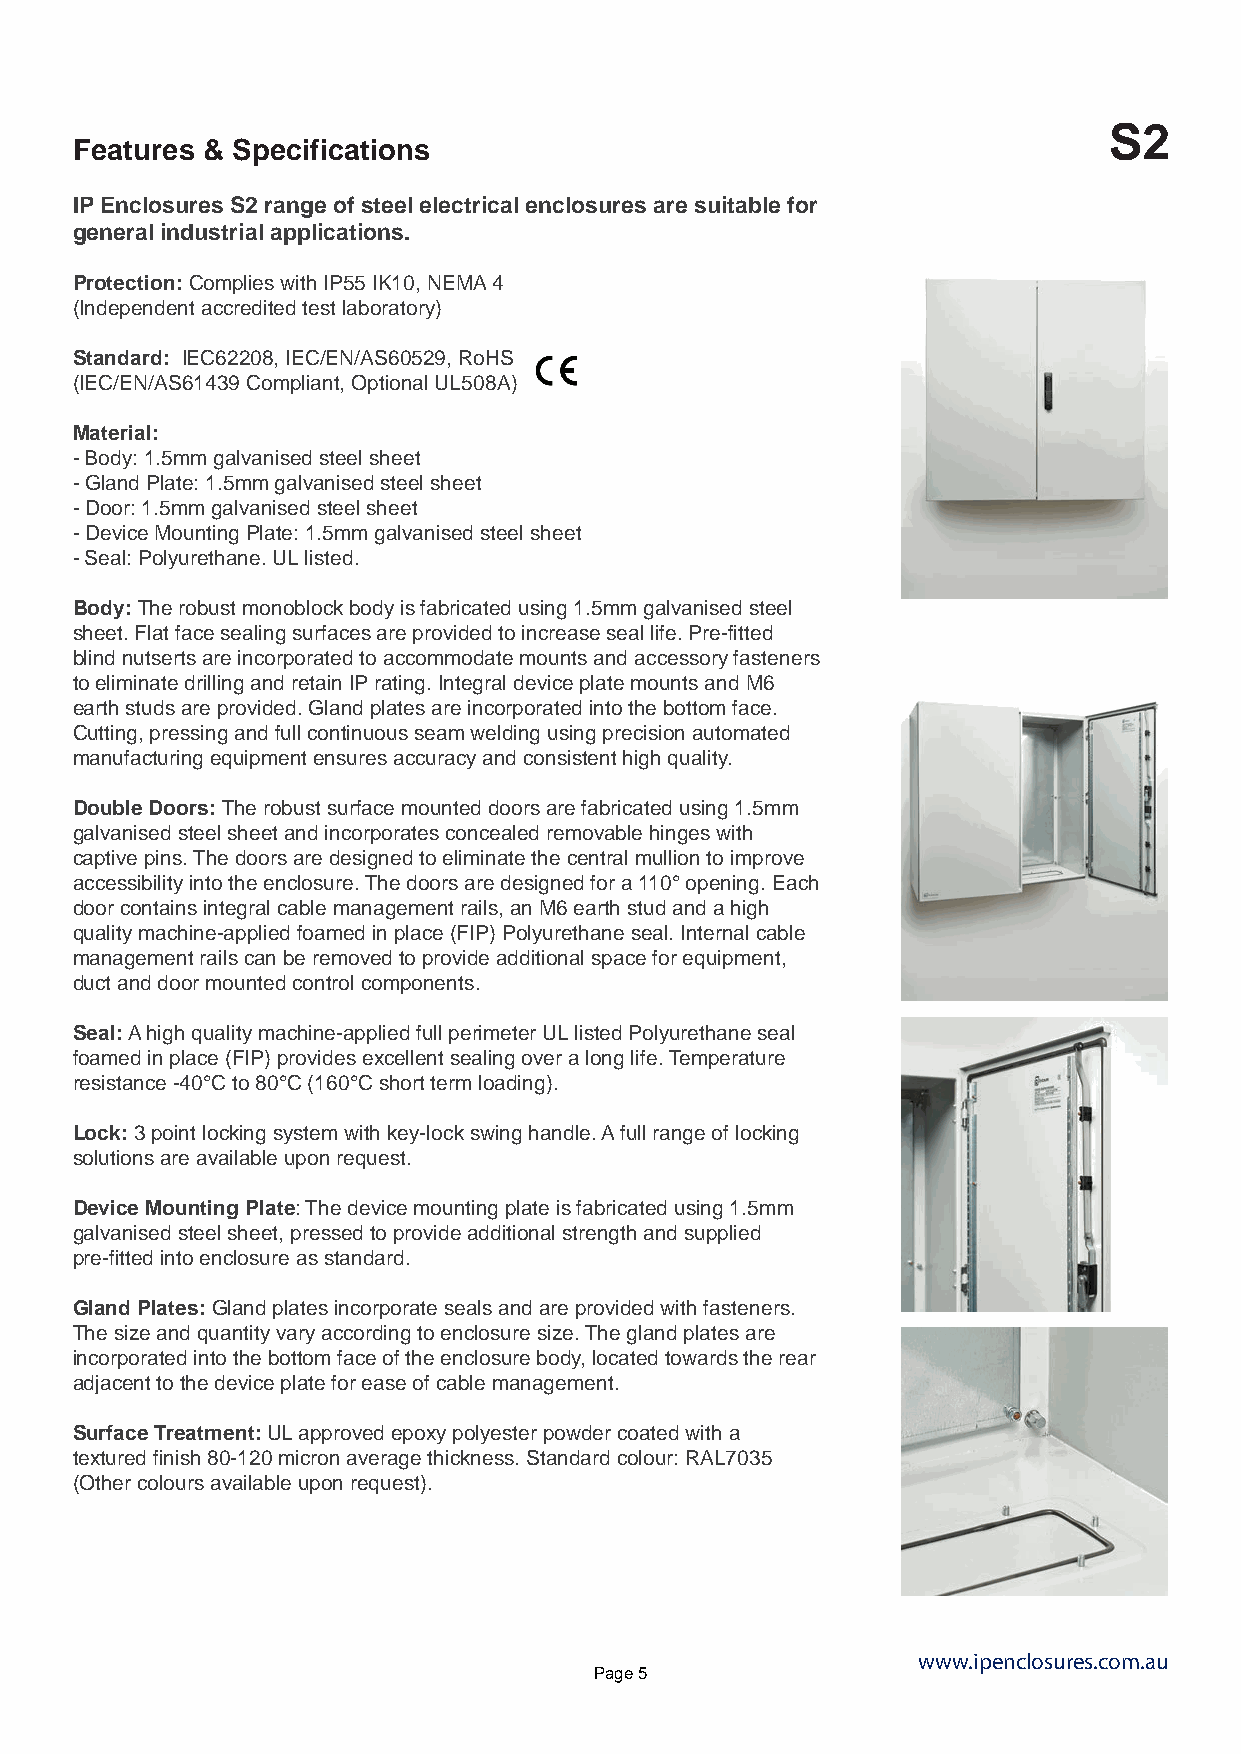
S2
 Features & Specifications
 IP Enclosures S2 range of steel electrical enclosures are suitable for
 general industrial applications.
 Protection: Complies with IP55 IK10, NEMA 4
 (Independent accredited test laboratory)
 Standard: IEC62208, IEC/EN/AS60529, RoHS
 (IEC/EN/AS61439 Compliant, Optional UL508A)
 Material:
 - Body: 1.5mm galvanised steel sheet
 - Gland Plate: 1.5mm galvanised steel sheet
 - Door: 1.5mm galvanised steel sheet
 - Device Mounting Plate: 1.5mm galvanised steel sheet
 - Seal: Polyurethane. UL listed.
 Body: The robust monoblock body is fabricated using 1.5mm galvanised steel
 sheet. Flat face sealing surfaces are provided to increase seal life. Pre-fitted
 blind nutserts are incorporated to accommodate mounts and accessory fasteners
 to eliminate drilling and retain IP rating. Integral device plate mounts and M6
 earth studs are provided. Gland plates are incorporated into the bottom face.
 Cutting, pressing and full continuous seam welding using precision automated
 manufacturing equipment ensures accuracy and consistent high quality.
 Double Doors: The robust surface mounted doors are fabricated using 1.5mm
 galvanised steel sheet and incorporates concealed removable hinges with
 captive pins. The doors are designed to eliminate the central mullion to improve
 accessibility into the enclosure. The doors are designed for a 110° opening. Each
 door contains integral cable management rails, an M6 earth stud and a high
 quality machine-applied foamed in place (FIP) Polyurethane seal. Internal cable
 management rails can be removed to provide additional space for equipment,
 duct and door mounted control components.
 Seal: A high quality machine-applied full perimeter UL listed Polyurethane seal
 foamed in place (FIP) provides excellent sealing over a long life. Temperature
 resistance -40°C to 80°C (160°C short term loading).
 Lock: 3 point locking system with key-lock swing handle. A full range of locking
 solutions are available upon request.
 Device Mounting Plate: The device mounting plate is fabricated using 1.5mm
 galvanised steel sheet, pressed to provide additional strength and supplied
 pre-fitted into enclosure as standard.
 Gland Plates: Gland plates incorporate seals and are provided with fasteners.
 The size and quantity vary according to enclosure size. The gland plates are
 incorporated into the bottom face of the enclosure body, located towards the rear
 adjacent to the device plate for ease of cable management.
 Surface Treatment: UL approved epoxy polyester powder coated with a
 textured finish 80-120 micron average thickness. Standard colour: RAL7035
 (Other colours available upon request).
 www.ipenclosures.com.au
 Page 5